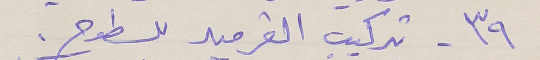
٣٩ - تركيب القرميد للسطوح .